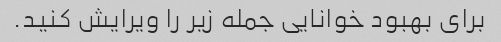
برای بهبود خوانایی جمله زیر را ویرایش کنید.